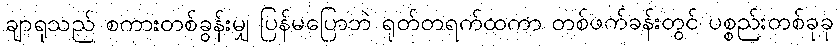
ချာရုသည် စကားတစ်ခွန်းမျှ ပြန်မပြောဘဲ ရုတ်တရက်ထကာ တစ်ဖက်ခန်းတွင် ပစ္စည်းတစ်ခုခု